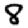
Digit: 8